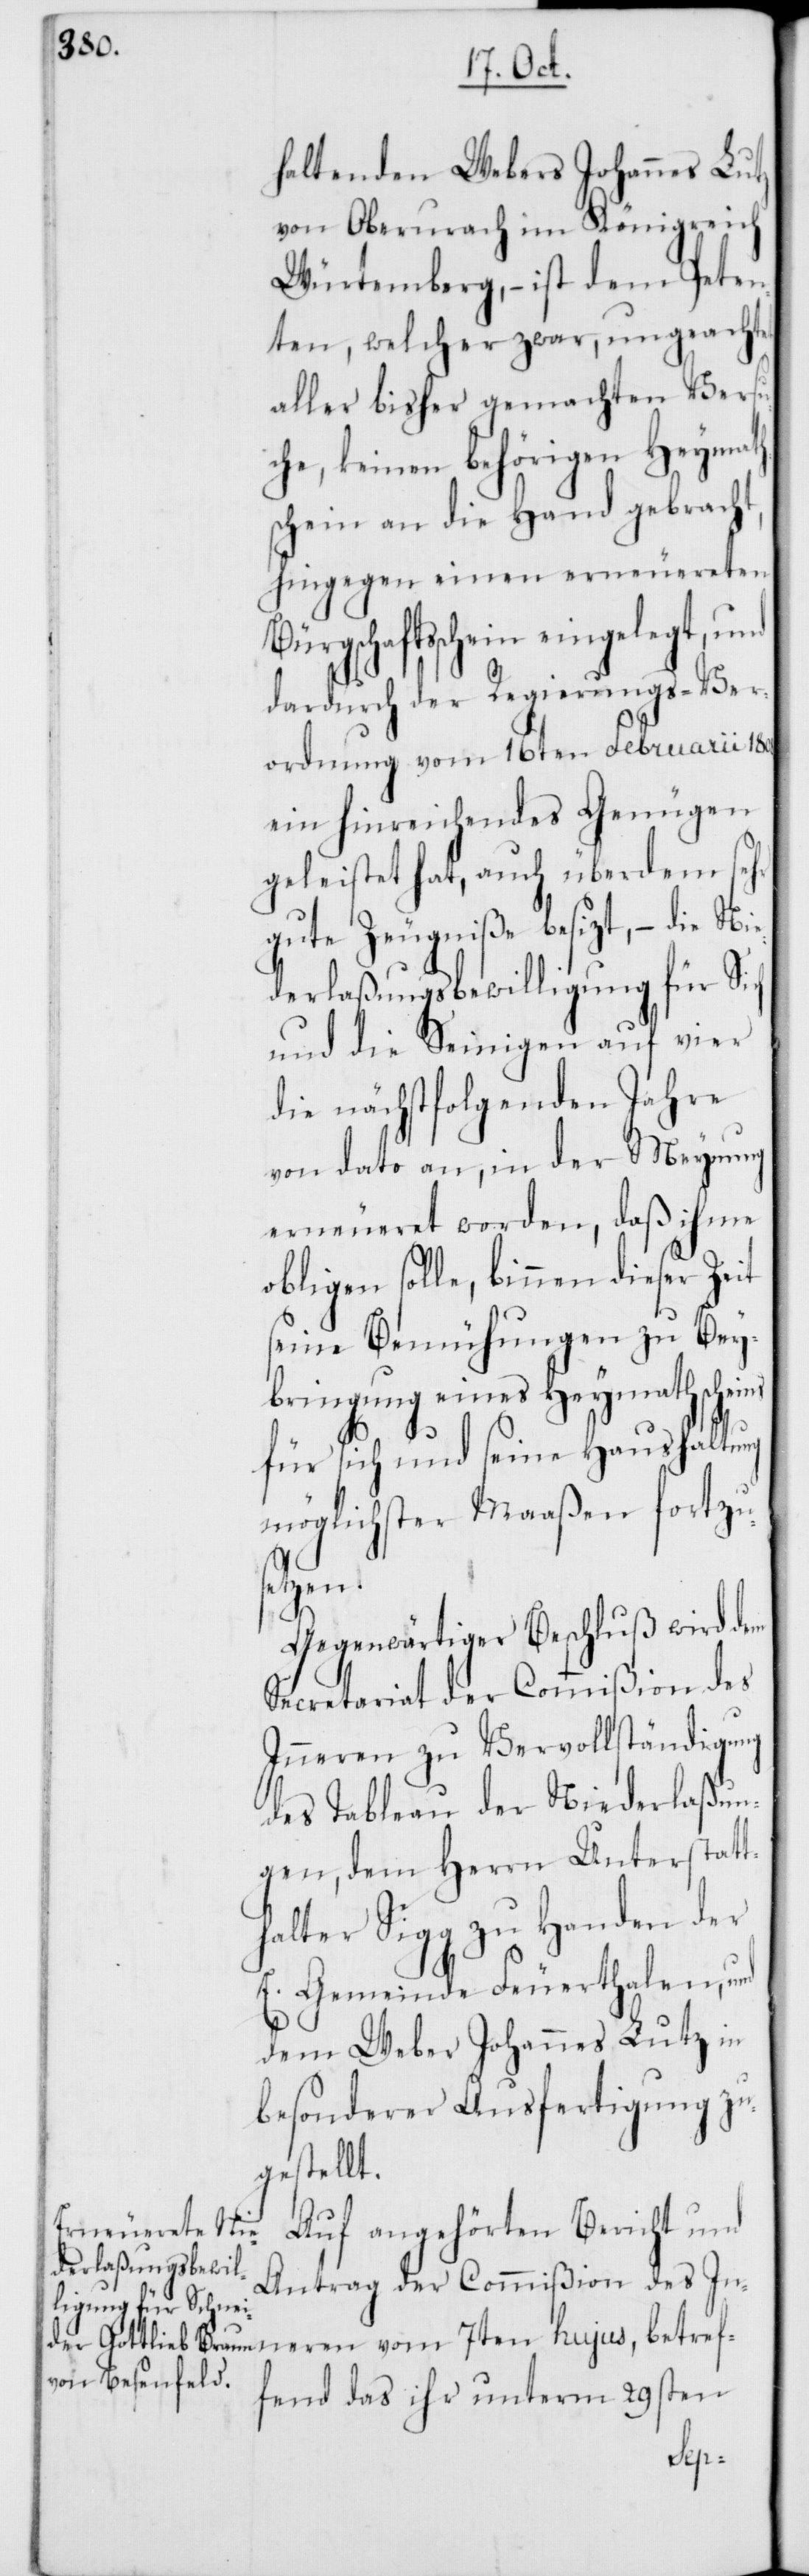
haltenden Webers Johannes Lutz
von Oberurach im Königreich
Würtemberg, – ist dem Peten¬
ten, welcher zwar, ungeachtet
aller bisher gemachten Versu¬
che, keinen behörigen Heymath¬
schein an die Hand gebracht,
hingegen einen erneuereten
ürgschaftsschein eingelegt, und
dardurch der Regiments-Ver¬
ordnung vom 16ten Februarii 1808.
ein hinreichendes Genügen
geleistet hat, auch überdem sehr
gute Zeugniße besizt, – die Ni¬
ederlaßungsbewilligung für Sich
und die Seinigen auf vier
die nächstfolgenden Jahre
von dato an, in der Meynung
erneueret worden, daß ihme
obligen solle, binnen dieser Zeit
seine Bemühungen zu Bey¬
bringung eines Heymathscheins
für sich und seine Haushaltung
möglichster Maaßen fortzus¬
7ten
Gegenwärtiger Beschluß wird dem
Secretariat der Commißion des
Inneren zu Vervollständigung
des Tableau der Niederlaßun¬
gen, dem Herrn Unterstatt¬
halter Sigg zu Handen der
E. Gemeinde Feuerthalen, und
dem Weber Johannes Lutz in
besonderer Ausfertigung zu¬
gestellt.
Auf angehörten Bericht und
Antrag des Commißion des Inn¬
fend das ihr unterm 29sten
betref¬